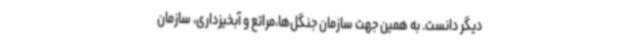
دیگر دانست. به همین جهت سازمان جنگل‌ها،‌مراتع و آبخیزداری، سازمان